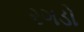
રગડો